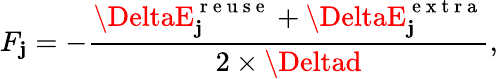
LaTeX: F_{\mathbf{j}}=-\frac{{\DeltaE_{\mathbf{j}}^{\mathrm{{~r~e~u~s~e~}}}+\DeltaE_{\mathbf{j}}^{\mathrm{{~e~x~t~r~a~}}}}}{{2\times\Deltad}},